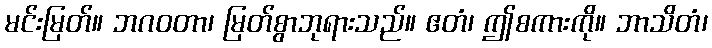
မင်းမြတ်။ ဘဂဝတာ၊ မြတ်စွာဘုရားသည်။ ဧတံ၊ ဤစကားကို။ ဘာသိတံ၊